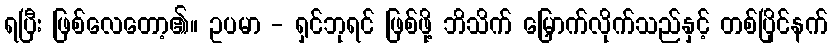
ရပြီး ဖြစ်လေတော့၏။ ဥပမာ - ရှင်ဘုရင် ဖြစ်ဖို့ ဘိသိက် မြှောက်လိုက်သည်နှင့် တစ်ပြိုင်နက်